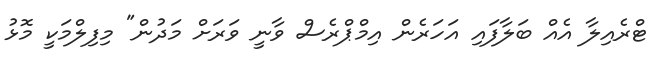
ޓްރެއިލާ އެއް ބަލާފައި އަހަރެން އިމްޕްރެސް ވާނީ ވަރަށް މަދުން" މިފިލްމަކީ މޮޅު